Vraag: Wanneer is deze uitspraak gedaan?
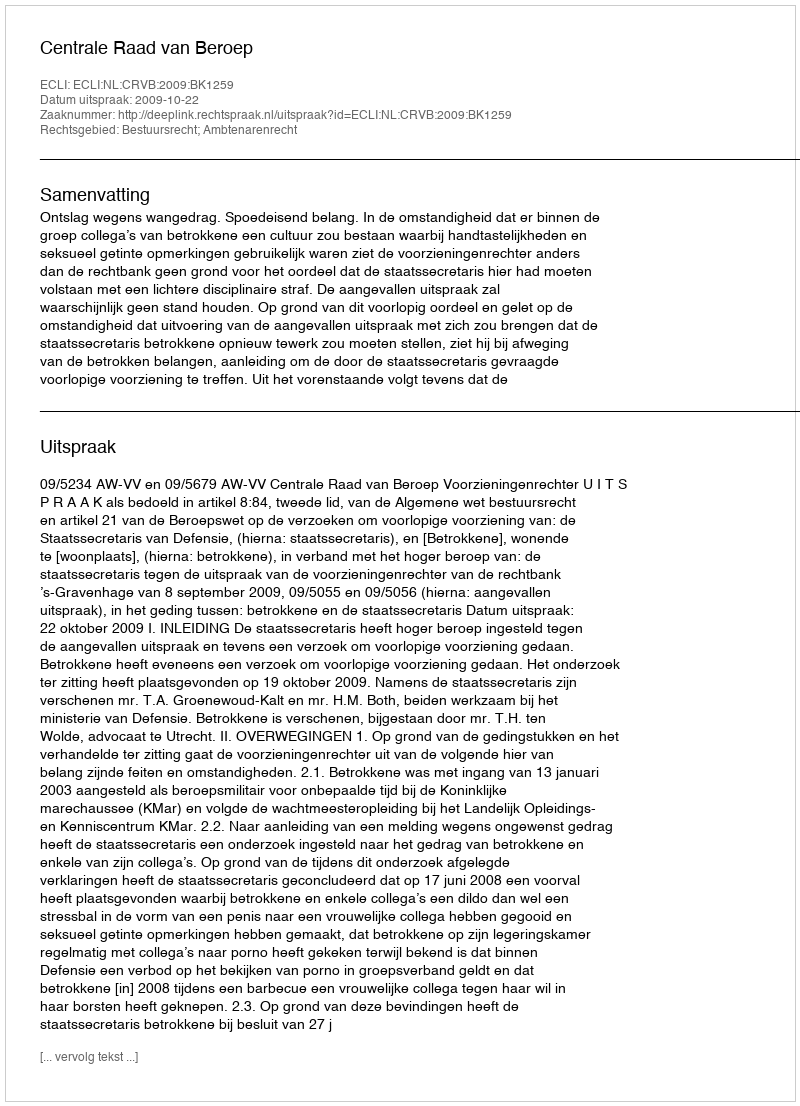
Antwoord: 2009-10-22